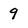
Character: 9